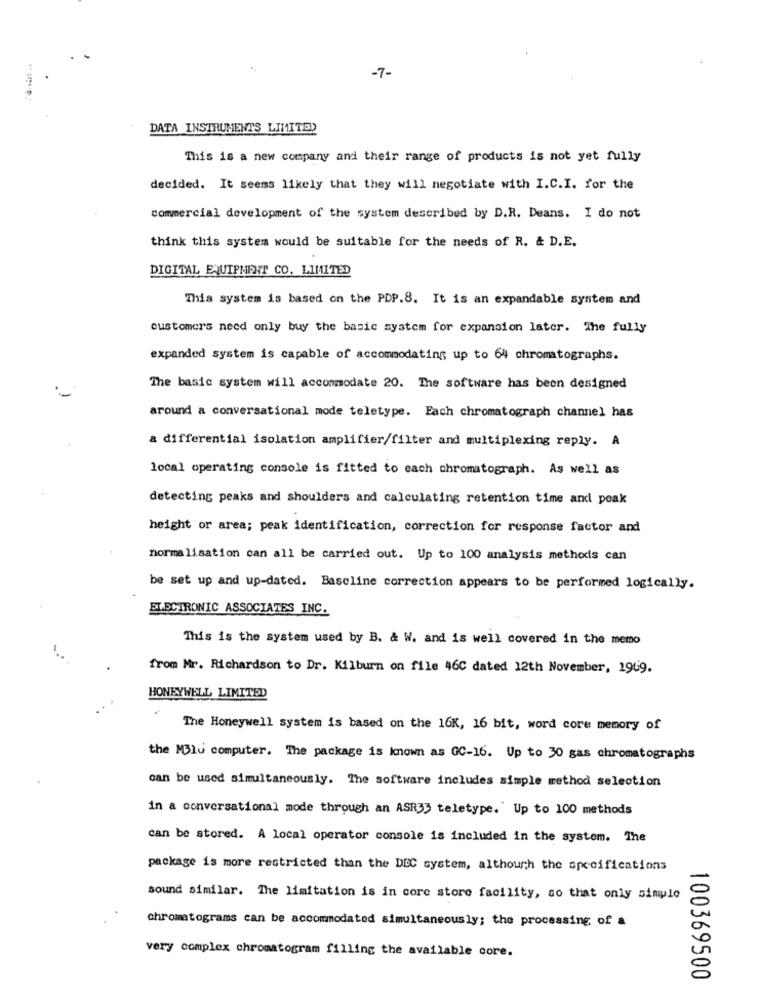
-7-
DATA INSTRUMENTS LIMITED
This is a new company and their range of products is not yet fully
decided. It seems likely that they will negotiate with I.C.I. for the
commercial development of the system described by D.R. Deans. I do not
think this system would be suitable for the needs of R. & D.E.
DIGITAL EQUIPMENT CO. LIMITED
This system is based on the PDP.8. It is an expandable system and
customers need only buy the basic system for expansion later. The fully
expanded system is capable of accommodating up to 64 chromatographs.
The basic system will accommodate 20. The software has been designed
around a conversational mode teletype. Each chromatograph channel has
a differential isolation amplifier/filter and multiplexing reply. A
local operating console is fitted to each chromatograph. As well as
detecting peaks and shoulders and calculating retention time and peak
height or area; peak identification, correction for response factor and
normalisation can all be carried out. Up to 100 analysis methods can
be set up and up-dated. Baseline correction appears to be performed logically.
ELECTRONIC ASSOCIATES INC.
This is the system used by B. & W. and is well covered in the memo
from Mr. Richardson to Dr. Kilburn on file 46C dated 12th November, 1969.
HONEYWELL LIMITED
The Honeywell system is based on the 16K, 16 bit, word core memory of
the Mblu computer. The package is known as GC-16. Up to 30 gas chromatographs
can be used simultaneously. The software includes simple method selection
in a conversational mode through an ASR33 teletype.' Up to 100 methods
can be stored. A local operator console is included in the system. The
package is more restricted than the DDC system, although the specifications
sound similar. The limitation is in core store facility, so that only simple
chromatograms can be accommodated simultaneously; the processing of a
very complex chromatogram filling the available core.
100369500